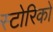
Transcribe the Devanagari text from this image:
स्टोरिको